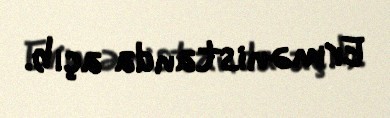
Ermənistanda açıb.